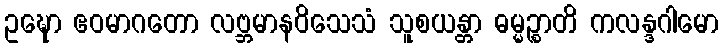
ဥဍ္ဎော ဧဝမာဂတော လဗ္ဘမာနဝိသေသံ သူစယန္တာ ဓမ္မဉ္စာတိ ကလန္ဒဂါမော